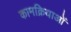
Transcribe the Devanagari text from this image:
कामक्रियाओं